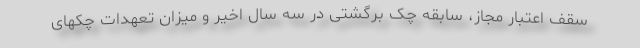
سقف اعتبار مجاز، سابقه چک برگشتی در سه سال اخیر و میزان تعهدات چکهای